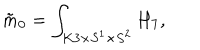
\tilde { m } _ { 0 } = \int _ { K 3 \times S ^ { 1 } \times S ^ { 2 } } H _ { 7 } ,